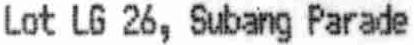
LOT LG 26, SUBANG PARADE